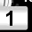
Digit: 1